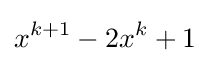
x^{k+1}-2x^{k}+1